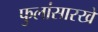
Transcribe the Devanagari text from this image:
फुलांसारखे